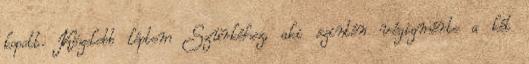
kopott. Közelebb léptem Szürkéhez, aki szintén végigmérte a két